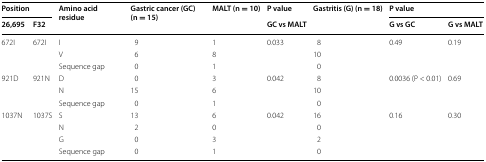
<table><thead><tr><td colspan="2"><b>Position</b></td><td rowspan="2"><b>Amino acid residue</b></td><td rowspan="2"><b>Gastric cancer (GC) (n = 15)</b></td><td rowspan="2"><b>MALT (n = 10)</b></td><td><b>P value</b></td><td rowspan="2"><b>Gastritis (G) (n = 18)</b></td><td colspan="2"><b>P value</b></td></tr><tr><td><b>26,695</b></td><td><b>F32</b></td><td><b>GC vs MALT</b></td><td><b>G vs GC</b></td><td><b>G vs MALT</b></td></tr></thead><tbody><tr><td rowspan="3">672I</td><td rowspan="3">672I</td><td>I</td><td>9</td><td>1</td><td rowspan="3">0.033</td><td>8</td><td rowspan="3">0.49</td><td rowspan="3">0.19</td></tr><tr><td>V</td><td>6</td><td>8</td><td>10</td></tr><tr><td>Sequence gap</td><td>0</td><td>1</td><td>0</td></tr><tr><td rowspan="3">921D</td><td rowspan="3">921N</td><td>D</td><td>0</td><td>3</td><td rowspan="3">0.042</td><td>8</td><td rowspan="3">0.0036 (P &lt; 0.01)</td><td rowspan="3">0.69</td></tr><tr><td>N</td><td>15</td><td>6</td><td>10</td></tr><tr><td>Sequence gap</td><td>0</td><td>1</td><td>0</td></tr><tr><td rowspan="4">1037N</td><td rowspan="4">1037S</td><td>S</td><td>13</td><td>6</td><td rowspan="4">0.042</td><td>16</td><td rowspan="4">0.16</td><td rowspan="4">0.30</td></tr><tr><td>N</td><td>2</td><td>0</td><td>0</td></tr><tr><td>G</td><td>0</td><td>3</td><td>2</td></tr><tr><td>Sequence gap</td><td>0</td><td>1</td><td>0</td></tr></tbody></table>